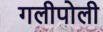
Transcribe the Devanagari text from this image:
गलीपोली